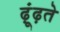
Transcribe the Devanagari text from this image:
ढ़ूंढ़ते